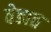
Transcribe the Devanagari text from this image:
वेडात